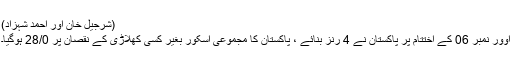
(شرجیل خان اور احمد شہزاد)
اوور نمبر 06 کے اختتام پر پاکستان نے 4 رنز بنائے ، پاکستان کا مجموعی اسکور بغیر کسی کھلاڑی کے نقصان پر 28/0 ہوگیا۔